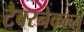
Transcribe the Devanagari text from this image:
टैबरनेकल्स